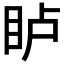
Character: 𪾦